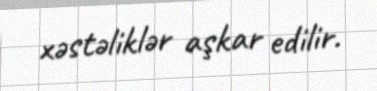
xəstəliklər aşkar edilir.